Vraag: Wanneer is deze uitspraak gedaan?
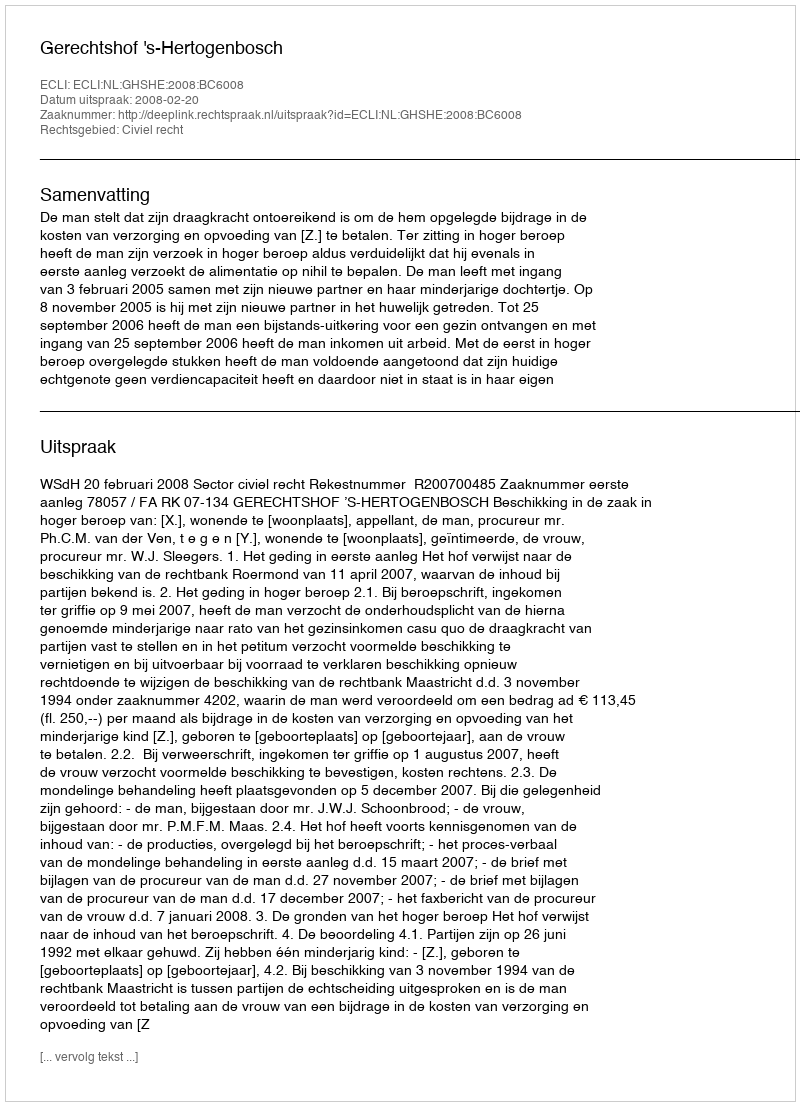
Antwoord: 2008-02-20